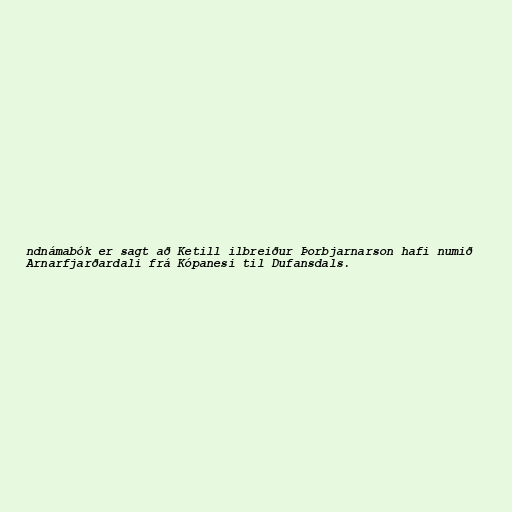
ndnámabók er sagt að Ketill ilbreiður Þorbjarnarson hafi numið
Arnarfjarðardali frá Kópanesi til Dufansdals.